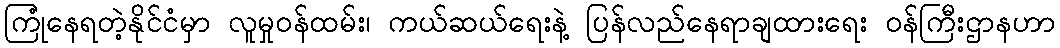
ကြုံနေရတဲ့နိုင်ငံမှာ လူမှုဝန်ထမ်း၊ ကယ်ဆယ်ရေးနဲ့ ပြန်လည်နေရာချထားရေး ဝန်ကြီးဌာနဟာ